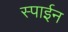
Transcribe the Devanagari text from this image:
स्पाईन